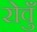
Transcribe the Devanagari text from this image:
रोवुँ